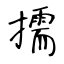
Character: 擩